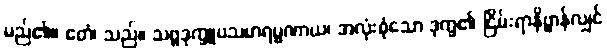
မည်၏။ ဧတံ၊ သည်။ သဗ္ဗဒုက္ခူပသမာရမ္မဏာယ၊ အလုံးစုံသော ဒုက္ခ၏ ငြိမ်းရာနိဗ္ဗာန်လျှင်